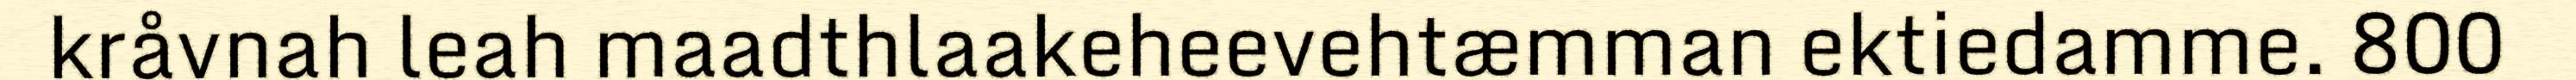
kråvnah leah maadthlaakeheevehtæmman ektiedamme. 800